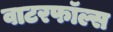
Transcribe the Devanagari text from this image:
वाटरफॉल्स